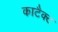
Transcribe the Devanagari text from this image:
काटैक्ट